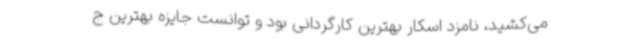
می‌کشید، نامزد اسکار بهترین کارگردانی بود و توانست جایزه بهترین ج